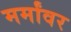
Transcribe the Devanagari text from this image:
मर्मांवर